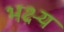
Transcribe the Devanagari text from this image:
भक्ष्‍य